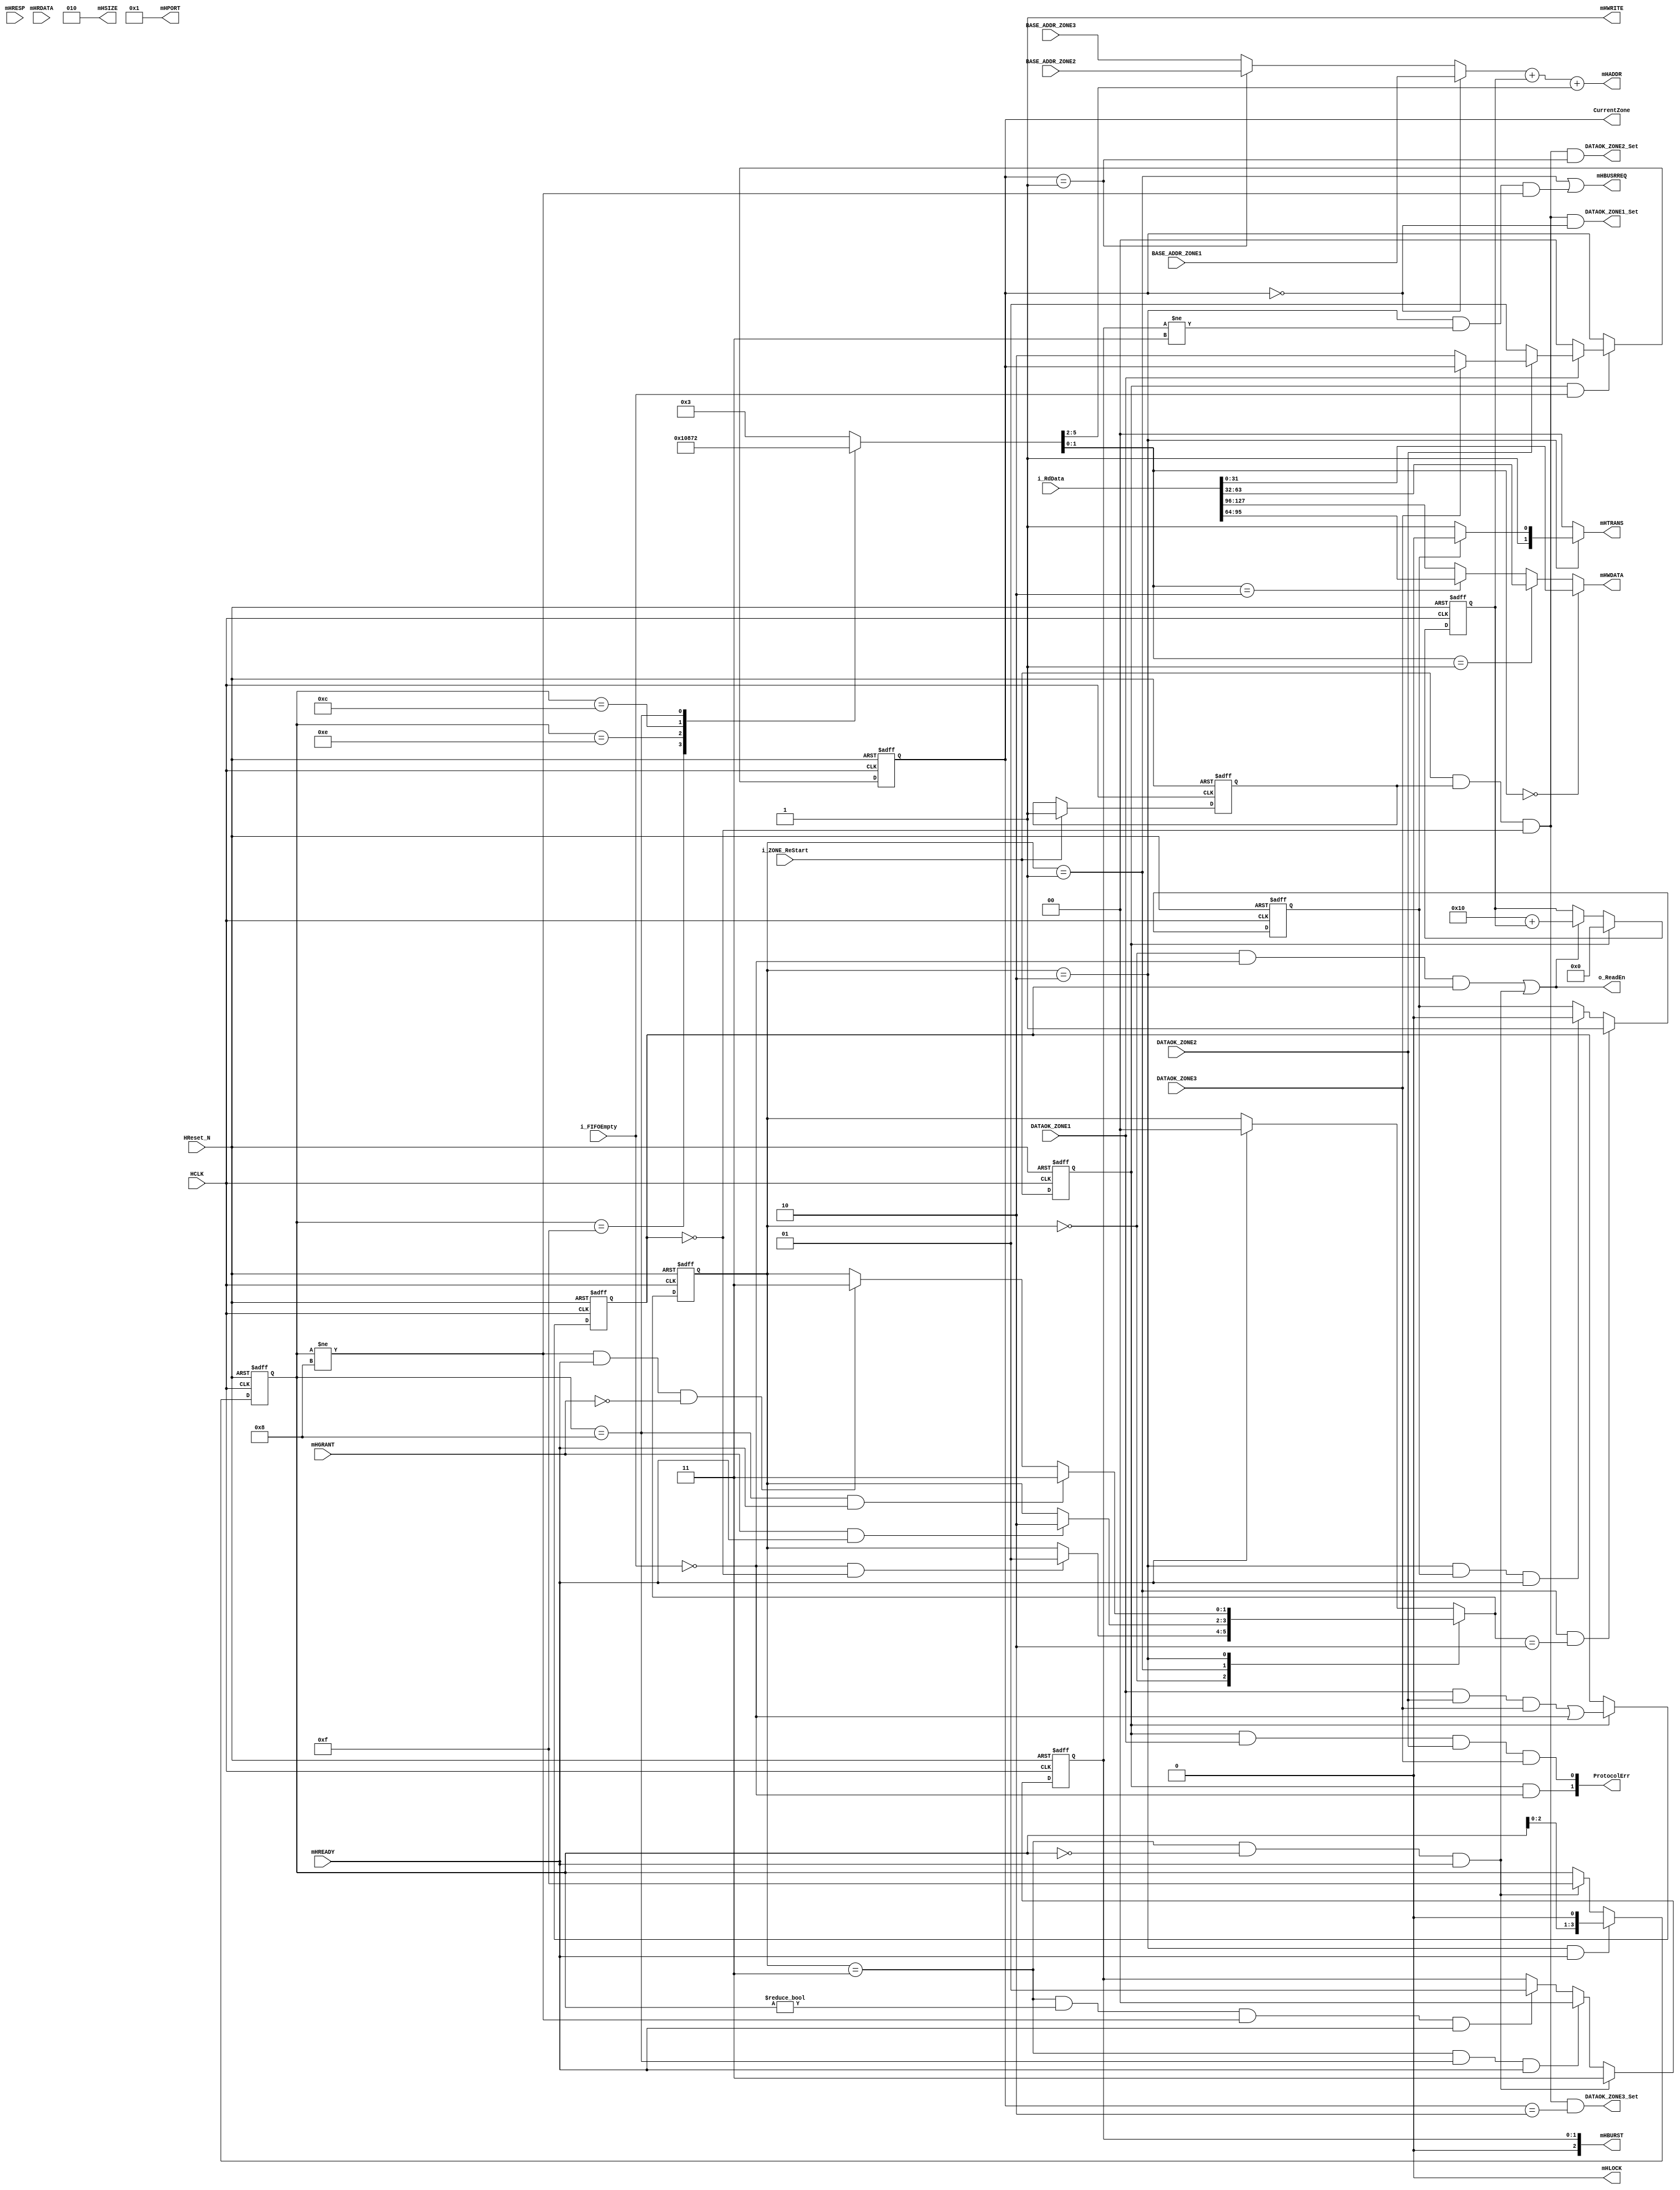


module CAMERA_AHB_MASTER(
	/**** AHB system ****/	
	//global
	HCLK			,
	HReset_N		,
	
	//Master
	mHADDR			,
	mHTRANS     	,
	mHWRITE     	,
	mHSIZE      	,
	mHBURST     	,
	mHPORT      	,
	mHWDATA     	,
	mHREADY     	,
	mHRESP      	,	//Unused
	mHRDATA     	,	//Unused
	mHBUSRREQ  		,
	mHLOCK     		,
	mHGRANT			,
	
	/**** With Capture ****/
	i_FIFOEmpty		,
	o_ReadEn		,
	i_RdData		,
	
	i_ZONE_ReStart	,

	/**** configuratoin ***/
	BASE_ADDR_ZONE1	,
	BASE_ADDR_ZONE2	,
	BASE_ADDR_ZONE3	,
	
	DATAOK_ZONE1	,
	DATAOK_ZONE2	,
	DATAOK_ZONE3	,	
	
	CurrentZone		,
	ProtocolErr		,
	
	DATAOK_ZONE1_Set,
	DATAOK_ZONE2_Set,
	DATAOK_ZONE3_Set		
);
	
	/**** AHB system ****/	
	//global
	input			HCLK			;
	input			HReset_N		;
	
	//Master
	output[31: 0]	mHADDR			;
	output[ 1: 0]	mHTRANS     	;
	output			mHWRITE     	;
	output[ 2: 0]	mHSIZE      	;
	output[ 2: 0]	mHBURST     	;
	output[ 3: 0]	mHPORT      	;
	output[31: 0]	mHWDATA     	;
	input			mHREADY     	;
	input [ 1: 0]	mHRESP      	;	//Unused
	input [31: 0]	mHRDATA     	;	//Unused
	output			mHBUSRREQ  		;
	output			mHLOCK     		;
	input			mHGRANT    		;
	
	/**** With Capture ****/
	input 			i_FIFOEmpty		;
	output			o_ReadEn		;
	input [127: 0]	i_RdData		;
	
	input 			i_ZONE_ReStart	;
	
	/**** configuratoin ***/
	input [31: 0]	BASE_ADDR_ZONE1	;
	input [31: 0]	BASE_ADDR_ZONE2	;
	input [31: 0]	BASE_ADDR_ZONE3	;
	
	input 			DATAOK_ZONE1	;
	input 			DATAOK_ZONE2	;
	input 			DATAOK_ZONE3	;
	
	output[ 1: 0]	CurrentZone		;
	output[ 1: 0]	ProtocolErr		;
	
	output			DATAOK_ZONE1_Set;
	output			DATAOK_ZONE2_Set;
	output			DATAOK_ZONE3_Set;
	
	/****************************************/
	
	//Current ZONE
	reg				r_ZONE_ReStart	;
	reg 			r_ZoneFstRecved	;
	reg [ 1: 0]		r_CurrentZone	;
	reg [ 1: 0]		c_CurrentZone	;
	reg				r_ProtocolErr	;
	
	always@(posedge HCLK or negedge HReset_N)
	begin
		if(~HReset_N)
		begin
			r_ZONE_ReStart	<= 1'b0;
			r_CurrentZone	<= 2'h0;
			r_ProtocolErr	<= 1'b0;
			r_ZoneFstRecved	<= 1'b0;
		end
		else
		begin
			r_ZONE_ReStart	<= i_ZONE_ReStart;
			r_CurrentZone	<= c_CurrentZone ;
			
			if(r_ZONE_ReStart)
				r_ProtocolErr	<= DATAOK_ZONE1 & DATAOK_ZONE2 & DATAOK_ZONE3 | ~i_FIFOEmpty ;
			
			if(i_ZONE_ReStart)
				r_ZoneFstRecved	<= 1'b1;
		end
	end
	
	assign	DATAOK_ZONE1_Set = i_ZONE_ReStart & r_ZoneFstRecved & ~r_ProtocolErr & (r_CurrentZone==2'b00);
	assign	DATAOK_ZONE2_Set = i_ZONE_ReStart & r_ZoneFstRecved & ~r_ProtocolErr & (r_CurrentZone==2'b01);
	assign	DATAOK_ZONE3_Set = i_ZONE_ReStart & r_ZoneFstRecved & ~r_ProtocolErr & (r_CurrentZone==2'b10);
	
	always@*
	begin
		if(r_ZONE_ReStart & i_FIFOEmpty)
		begin
			if(~DATAOK_ZONE1)
				c_CurrentZone = 2'b00 ;
			else if(~DATAOK_ZONE2)
				c_CurrentZone = 2'b01 ;
			else if(~DATAOK_ZONE3)
				c_CurrentZone = 2'b10 ;
			else
				c_CurrentZone = r_CurrentZone ;	//protocol Error
		end
		else
		begin
			c_CurrentZone = r_CurrentZone ;
		end
	end
	
	assign	CurrentZone 	= r_CurrentZone  ;		
	assign	ProtocolErr[0]	= r_ZONE_ReStart & DATAOK_ZONE1 & DATAOK_ZONE2 & DATAOK_ZONE3 ;
	assign	ProtocolErr[1]	= r_ZONE_ReStart &~i_FIFOEmpty  ;
	
	//AHB Master
	parameter	AHB_IDLE   = 2'b00,
				AHB_REQBUS = 2'b01,
				AHB_REQSND = 2'b10,
				AHB_ENDDAT = 2'b11;
	
	reg	[ 1: 0]		r_AHBState	;
	reg [ 1: 0]		c_AHBState	;
	
	reg [ 3: 0]		r_FlitV		;
	reg [ 3: 0]		c_FlitV		;
		
	reg [19: 0]		r_IndexAddr	;
	reg [19: 0]		c_IndexAddr	;
	
	reg	[ 1: 0]		r_BurstType	;	//11: INCR4; 00: SINGLE; 01: INCR
	reg	[ 1: 0]		c_BurstType	;
	
	reg				r_FstFlit	;
	reg				c_FstFlit	;
	
	reg [ 3: 0]		c_LowAddr	;
	reg [ 1: 0]		c_DataMux	;
	
	always@(posedge HCLK or negedge HReset_N)
	begin
		if(~HReset_N)
		begin
			r_AHBState	<= AHB_IDLE ;

			r_FlitV		<= 4'hf;
			r_IndexAddr	<=20'b0;
			
			r_BurstType	<= 2'h3;
			r_FstFlit	<= 1'b0;
		end
		else
		begin
			r_AHBState	<= c_AHBState 	;
			
			r_FlitV		<= c_FlitV		;
			r_IndexAddr	<= c_IndexAddr	;
			
			r_BurstType	<= c_BurstType	;
			r_FstFlit	<= c_FstFlit	;
		end
	end
	
	always@*
	begin
		case(r_AHBState)
		AHB_IDLE :
			begin
				if(~i_FIFOEmpty & ~r_ProtocolErr)
					c_AHBState = AHB_REQBUS ;
				else if(~i_FIFOEmpty & r_ProtocolErr)
					c_AHBState = r_AHBState ;
				else
					c_AHBState = r_AHBState ;
			end
		AHB_REQBUS:
			begin
				if(mHGRANT & mHREADY)
					c_AHBState = AHB_REQSND ;
				else
					c_AHBState = r_AHBState ;
			end
		AHB_REQSND:
			begin
				//r_FlitV4'h832mHREADYAHB_ENDDAT				
				if((r_FlitV==4'h8) & mHREADY)
					c_AHBState = AHB_ENDDAT ;
				//EBT
				else if((r_FlitV!=4'h8) & mHREADY & ~mHGRANT)
					c_AHBState = AHB_ENDDAT ;
				else
					c_AHBState = r_AHBState ;
			end
		default:
			begin
				if(mHREADY)
					c_AHBState = AHB_IDLE ;
				else
					c_AHBState = r_AHBState ;
			end
		endcase
	end
	
	//FlitV
	always@*
	begin
		if((r_AHBState==AHB_REQSND)&mHREADY)
			c_FlitV = {r_FlitV[2:0],1'b0};
		else if((r_AHBState==AHB_ENDDAT) & (r_FlitV==4'h0) & mHREADY)
			c_FlitV = 4'hf;
		else
			c_FlitV = r_FlitV;
	end
	
	//BurstType
	always@*
	begin
		if((r_AHBState==AHB_ENDDAT) & (r_FlitV==4'h0) & mHREADY)
			c_BurstType = 2'b11;
		else if((r_AHBState==AHB_ENDDAT) & (r_FlitV==4'h8) & mHREADY)
			c_BurstType = 2'b00;
		else if((r_AHBState==AHB_ENDDAT) & (r_FlitV!=4'h0) & (r_FlitV!=4'h8) & mHREADY)
			c_BurstType = 2'b01;
		else
			c_BurstType = r_BurstType;
	end
	
	//c_FstFlit
	always@*
	begin
		if((r_AHBState==AHB_REQBUS) & (c_AHBState==AHB_REQSND))
			c_FstFlit = 1'b1;
		else if((r_AHBState==AHB_REQSND) & r_FstFlit & mHREADY)
			c_FstFlit = 1'b0;
		else
			c_FstFlit = r_FstFlit;
	end
	
	//c_IndexAddr201MB640*480640*480*2B600KB
	always@*
	begin
		if(r_ZONE_ReStart)
			c_IndexAddr	= 20'h0;
		else if(o_ReadEn)
			c_IndexAddr	= 20'h10 + r_IndexAddr;
		else
			c_IndexAddr	= r_IndexAddr;
	end
	
		
	//mHBUSRREQ & mHLOCK	
	assign	mHBUSRREQ	= (r_AHBState==AHB_REQBUS) | (r_AHBState==AHB_REQSND) & (r_BurstType!=2'b11) & (r_FlitV!=4'h8);
	assign	mHLOCK     	= 1'b0;
	
	//AHB Master
	
	//2'b00: IDLE; 2'b10: NONSEQ; 2'b11: SEQ
	assign	mHTRANS		= (r_AHBState==AHB_REQSND) ? (r_FstFlit ? 2'b10 : 2'b11) : 2'b00;
	assign	mHWRITE		= 1'b1;
	assign	mHSIZE		= 3'b010;	//32 bits
	assign	mHPORT		= 4'b0001;
		
	//3'b000: SINGLE; 3'b001: INCR; 3'b011: INCR4
	assign	mHBURST		= {1'b0,r_BurstType} ;
	
	//Addr
	always@*
	begin
		case(r_FlitV)
		4'hf   :	{c_LowAddr,c_DataMux}={4'h0,2'h0};
		4'he   :	{c_LowAddr,c_DataMux}={4'h4,2'h0};
		4'hc   :	{c_LowAddr,c_DataMux}={4'h8,2'h1};
		4'h8   :	{c_LowAddr,c_DataMux}={4'hc,2'h2};
		default:	{c_LowAddr,c_DataMux}={4'h0,2'h3};
		endcase
	end
			
	assign	mHADDR = ((r_CurrentZone==2'b00) ? BASE_ADDR_ZONE1 :
	     			  (r_CurrentZone==2'b01) ? BASE_ADDR_ZONE2 : BASE_ADDR_ZONE3) + r_IndexAddr + c_LowAddr ;  


	//Write Data      	     
	assign	mHWDATA = (c_DataMux==2'b00) ? i_RdData[ 31:  0] :
					  (c_DataMux==2'b01) ? i_RdData[ 63: 32] :
					  (c_DataMux==2'b10) ? i_RdData[ 95: 64] : i_RdData[127: 96] ;     
	
	
	//Read FIFO
	assign	o_ReadEn =  (r_AHBState==AHB_IDLE  ) & ~i_FIFOEmpty & r_ProtocolErr |
						(r_AHBState==AHB_ENDDAT) & (r_FlitV==4'h0) & mHREADY ;
	
	
endmodule